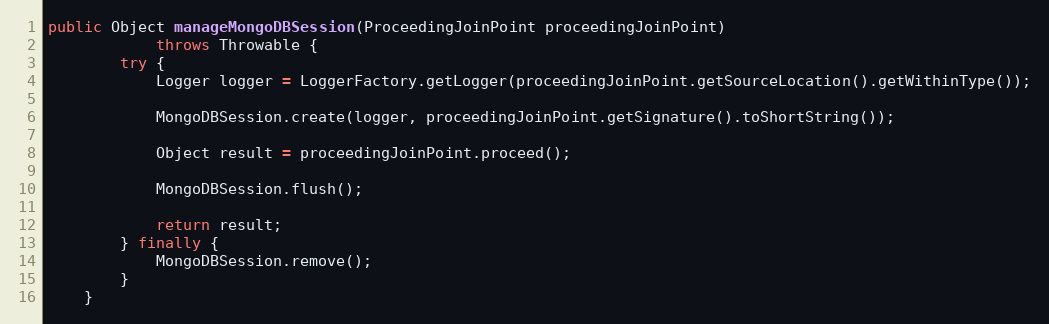
Language: Java
public Object manageMongoDBSession(ProceedingJoinPoint proceedingJoinPoint)
            throws Throwable {
        try {
            Logger logger = LoggerFactory.getLogger(proceedingJoinPoint.getSourceLocation().getWithinType());

            MongoDBSession.create(logger, proceedingJoinPoint.getSignature().toShortString());

            Object result = proceedingJoinPoint.proceed();

            MongoDBSession.flush();

            return result;
        } finally {
            MongoDBSession.remove();
        }
    }